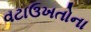
વટાઉખતોના